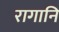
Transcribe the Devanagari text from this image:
रागानि